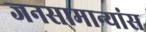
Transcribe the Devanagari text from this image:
जनसामान्यांस